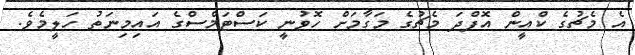
އެ މެޗުގެ ކްއީން އޮފްދަ މެޗުގެ މަގާމަަށް ހޮވުނީ ކަސްޓަމްސްގެ އައިމިނަތު ހަލީމެވެ.